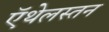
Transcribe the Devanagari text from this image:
ऍथेलस्तन